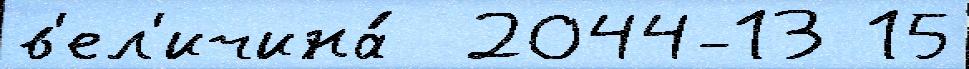
в'ел'ичина́  2044-13 15